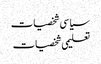
سیا سی شخصیات
تعلیمی شخصیات